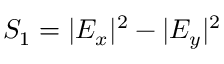
S _ { 1 } = | E _ { x } | ^ { 2 } - | E _ { y } | ^ { 2 }